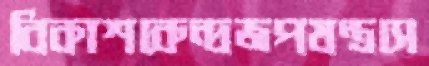
বিকাশকেন্দ্রজপযন্ত্রসে